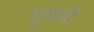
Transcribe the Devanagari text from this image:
मुसावी